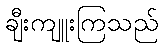
ချီးကျူးကြသည်